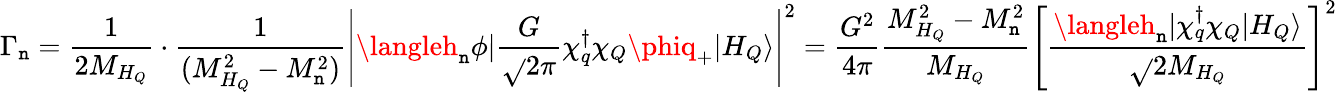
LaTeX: \Gamma_{\mathtt{n}}=\frac{{1}}{{2M_{H_{Q}}}}\cdot\frac{{1}}{{(M_{H_{Q}}^{2}-M_{\mathtt{n}}^{2})}}\left|\langleh_{\mathtt{n}}\phi|{\frac{{G}}{{\sqrt{}{{2\pi}}}}\chi_{q}^{\dagger}\chi_{Q}\phiq_{+}}|H_{Q}\rangle\right|^{2}=\frac{{G^{2}}}{{4\pi}}\frac{{M_{H_{Q}}^{2}-M_{\mathtt{n}}^{2}}}{{M_{H_{Q}}}}\left[\frac{{\langleh_{\mathtt{n}}|\chi_{q}^{\dagger}\chi_{Q}|H_{Q}\rangle}}{{\sqrt{}{{2}}M_{H_{Q}}}}\right]^{2}